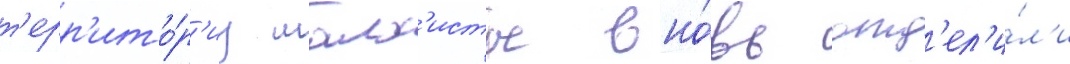
т'ерр'ито́р'иу малх'исты вно́вь отд'ел'и́л'и